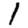
Digit: 1